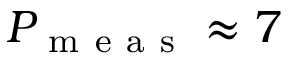
P _ { \mathrm { ~ m ~ e ~ a ~ s ~ } } \approx 7